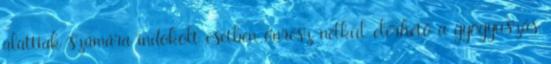
alattiak számára indokolt esetben önrész nélkül elérhető a gyógyúszás